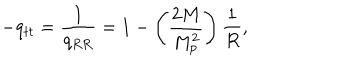
- q _ { t t } = \frac { 1 } { q _ { R R } } = 1 - \left( \frac { 2 M } { M _ { p } ^ { 2 } } \right) \frac { 1 } { R } ,